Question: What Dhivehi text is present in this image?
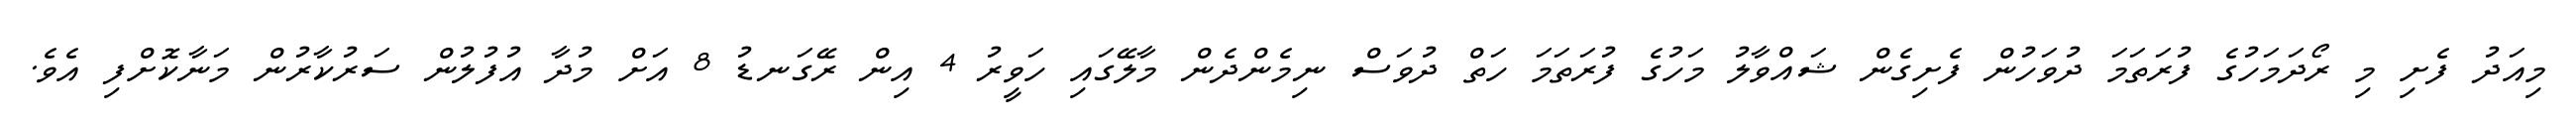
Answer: މިއަދު ފެށި މި ރޯދަމަހުގެ ފުރަތަމަ ދުވަހުން ފެށިގެން ޝައްވާލު މަހުގެ ފުރަތަމަ ހަތް ދުވަސް ނިމެންދެން މާލޭގައި ހަވީރު 4 އިން ރޭގަނޑު 8 އަށް މުދާ އުފުލުން ސަރުކާރުން މަނާކޮށްފި އެވެ.